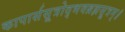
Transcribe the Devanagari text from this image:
कापार्ससूत्रोद्भवब्रह्मसूत्रम्॥